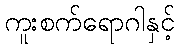
ကူးစက်ရောဂါနှင့်